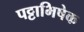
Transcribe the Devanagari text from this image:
पट्टाभिषेक